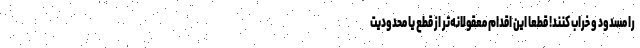
را مسدود و خراب کنند! قطعاً این اقدام معقولانه‌تر از قطع یا محدودیت